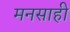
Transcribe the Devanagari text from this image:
मनसाही